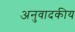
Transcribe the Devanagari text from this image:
अनुवादकीय